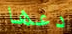
دعها